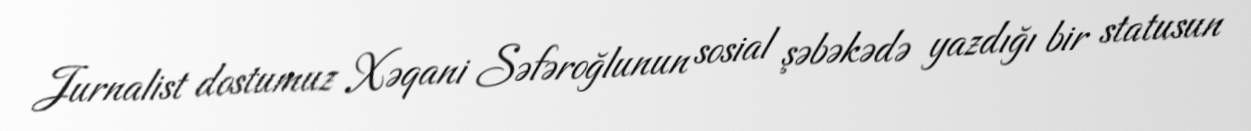
Jurnalist dostumuz Xəqani Səfəroğlunun sosial şəbəkədə yazdığı bir statusun